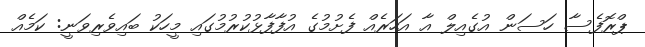
ޕްރޮފެސާ ހަސަން އުގެއިލް އާ އަހަރެއް ފެށުމުގެ އުފާފާޅުކުރުމުގައި މީހަކު ބައިވެރިވަނީ: ކަމެއް